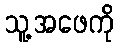
သူ့အဖေကို